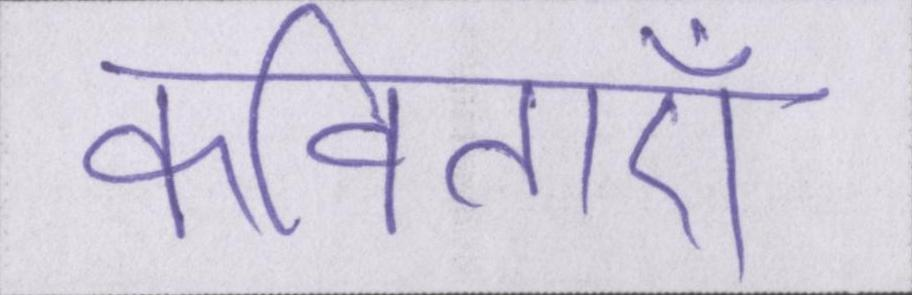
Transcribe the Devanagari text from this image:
कविताएँ